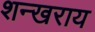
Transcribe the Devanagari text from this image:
शन्खराय